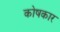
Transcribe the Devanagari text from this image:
काेषकार